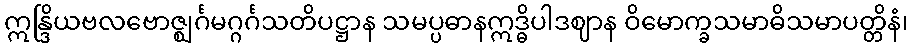
ဣန္ဒြိယဗလဗောဇ္ဈင်္ဂမဂ္ဂင်္ဂသတိပဋ္ဌာန သမပ္ပဓာနဣဒ္ဓိပါဒဈာန ဝိမောက္ခသမာဓိသမာပတ္တိနံ၊